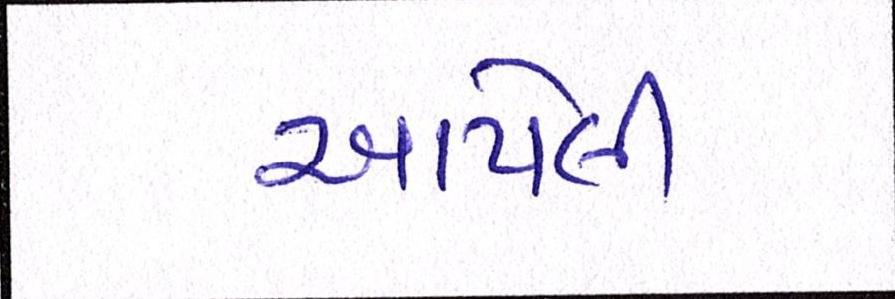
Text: આપેલી